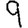
Digit: 9